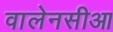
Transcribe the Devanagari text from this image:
वालेनसीआ